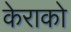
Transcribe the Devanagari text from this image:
केराको